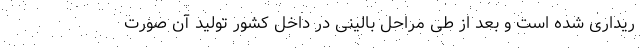
ریداری شده است و بعد از طی مراحل بالینی در داخل کشور تولید آن صورت